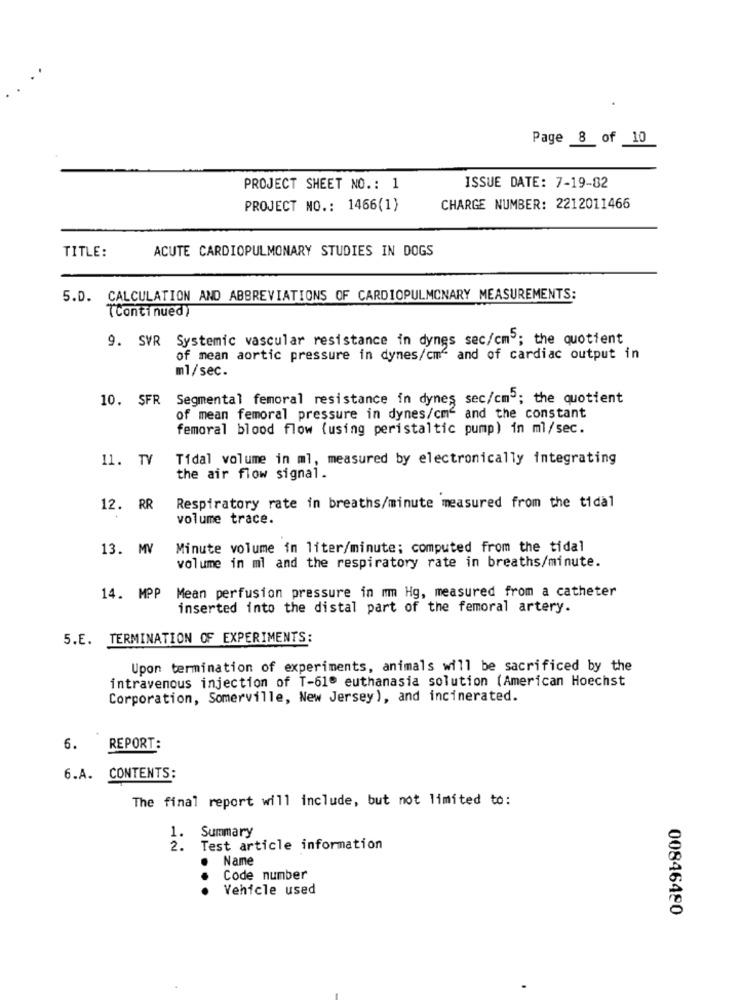
Page 8 of 10
PROJECT SHEET NO .: 1
ISSUE DATE: 7-19-82
PROJECT NO .: 1466(1)
CHARGE NUMBER: 2212011466
TITLE:
ACUTE CARDIOPULMONARY STUDIES IN DOGS
5.D. CALCULATION AND ABBREVIATIONS OF CARDIOPULMONARY MEASUREMENTS:
(Continued)
9. SVR Systemic vascular resistance in dynes sec/cm5; the quotient
of mean aortic pressure in dynes/cm" and of cardiac output in
ml/sec.
10. SFR Segmental femoral resistance in dynes sec/cm'; the quotient
of mean femoral pressure in dynes/cm and the constant
femoral blood flow (using peristaltic pump) in ml/sec.
11. TV
Tidal volume in ml, measured by electronically integrating
the air flow signal.
12. RR
Respiratory rate in breaths/minute measured from the tidal
volume trace.
13. MV
Minute volume in liter/minute; computed from the tidal
volume in mi and the respiratory rate in breaths/minute.
Mean perfusion pressure in mm Hg, measured from a catheter
14. MPP
inserted into the distal part of the femoral artery.
5.E. TERMINATION OF EXPERIMENTS:
Upon termination of experiments, animals will be sacrificed by the
intravenous injection of T-61º euthanasia solution (American Hoechst
Corporation, Somerville, New Jersey), and incinerated.
6. REPORT:
6.A. CONTENTS:
The final report will include, but not limited to:
1. Summary
2.
Test article information
Name
Code number
...
Vehicle used
00846480